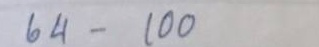
64 - 100